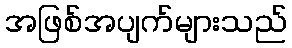
အဖြစ်အပျက်များသည်